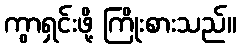
ကွာရှင်းဖို့ ကြိုးစားသည်။